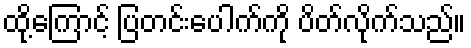
ထို့ကြောင့် ပြတင်းပေါက်ကို ပိတ်လိုက်သည်။